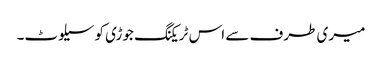
میری طرف سے اس ٹریکنگ جوڑی کو سیلوٹ۔